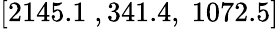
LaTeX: [2145.1\; ,341.4,\; 1072.5]